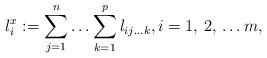
LaTeX: \begin{align*}l_{i}^{x}:=\sum\limits_{j=1}^n {\mathellipsis \sum\limits_{k=1}^p l_{ij\mathellipsis k} } ,i=1,\thinspace 2,\thinspace \mathellipsis m,\end{align*}